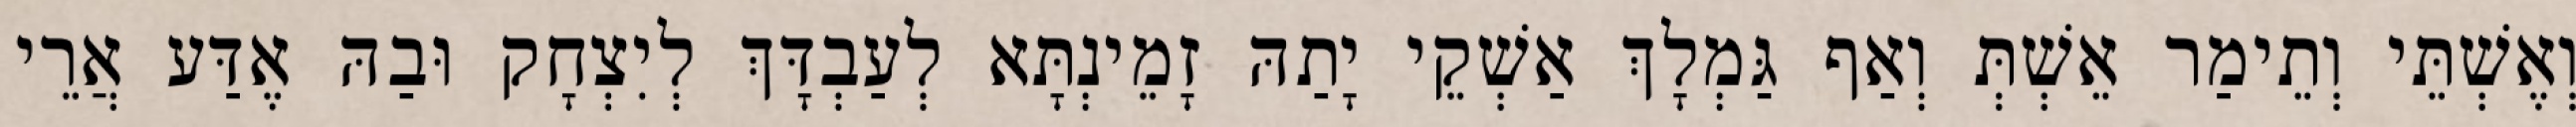
וְאֶשְׁתֵּי וְתֵימַר אֵשְׁתְּ וְאַף גַּמְלָךְ אַשְׁקֵי יָתַהּ זָמֵינְתָּא לְעַבְדָּךְ לְיִצְחָק וּבַהּ אֶדַּע אֲרֵי